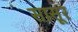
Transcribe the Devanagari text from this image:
सासूर